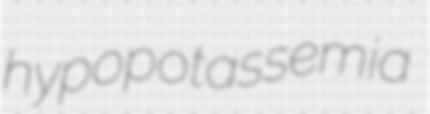
hypopotassemia